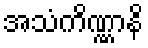
အသံကိဏ္ဏာနိ